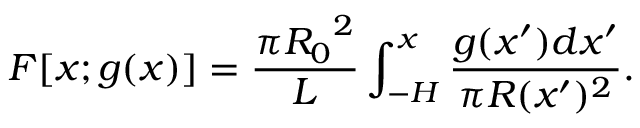
F [ x ; g ( x ) ] = \frac { \pi { R _ { 0 } } ^ { 2 } } { L } \int _ { - H } ^ { x } \frac { g ( x ^ { \prime } ) d x ^ { \prime } } { \pi R ( x ^ { \prime } ) ^ { 2 } } .